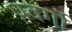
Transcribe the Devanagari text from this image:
प्रवर्गो